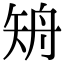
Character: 矪